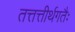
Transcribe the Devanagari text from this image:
तत्तत्तीर्थगतैः